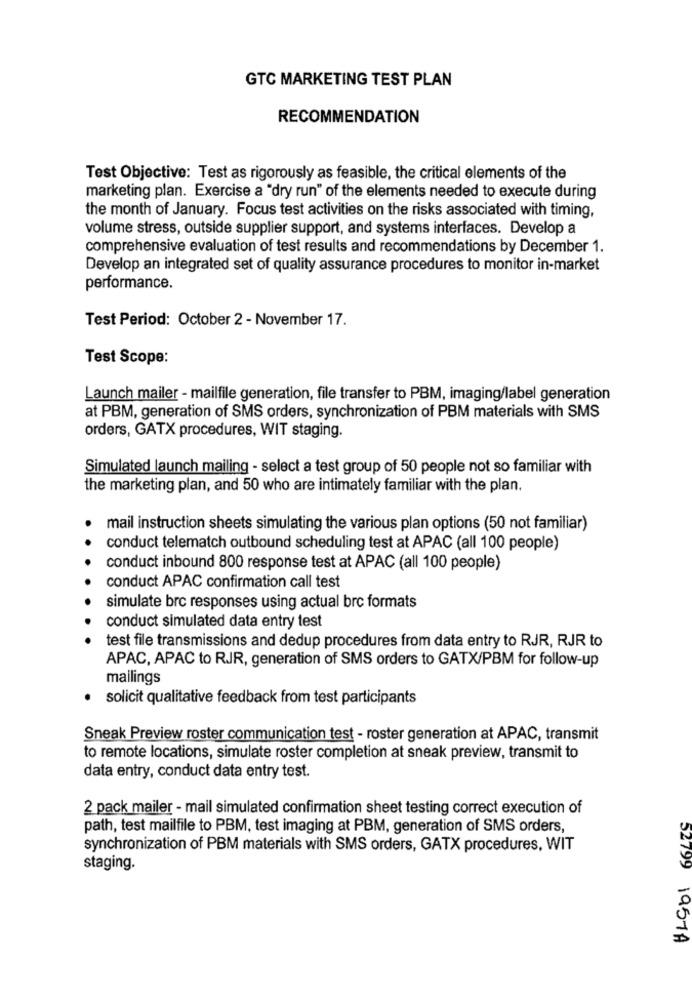
GTC MARKETING TEST PLAN
RECOMMENDATION
Test Objective: Test as rigorously as feasible, the critical elements of the
marketing plan. Exercise a "dry run" of the elements needed to execute during
the month of January. Focus test activities on the risks associated with timing,
volume stress, outside supplier support, and systems interfaces. Develop a
comprehensive evaluation of test results and recommendations by December 1.
Develop an integrated set of quality assurance procedures to monitor in-market
performance.
Test Period: October 2 - November 17.
Test Scope:
Launch mailer - mailfile generation, file transfer to PBM, imaging/label generation
at PBM, generation of SMS orders, synchronization of PBM materials with SMS
orders, GATX procedures, WIT staging.
Simulated launch mailing - select a test group of 50 people not so familiar with
the marketing plan, and 50 who are intimately familiar with the plan.
mail instruction sheets simulating the various plan options (50 not familiar)
conduct telematch outbound scheduling test at APAC (all 100 people)
conduct inbound 800 response test at APAC (all 100 people)
conduct APAC confirmation call test
simulate brc responses using actual brc formats
conduct simulated data entry test
test file transmissions and dedup procedures from data entry to RJR, RJR to
APAC, APAC to RIR, generation of SMS orders to GATX/PBM for follow-up
mailings
solicit qualitative feedback from test participants
Sneak Preview roster communication test - roster generation at APAC, transmit
to remote locations, simulate roster completion at sneak preview, transmit to
data entry, conduct data entry test.
2 pack mailer - mail simulated confirmation sheet testing correct execution of
path, test mailfile to PBM, test imaging at PBM, generation of SMS orders,
synchronization of PBM materials with SMS orders, GATX procedures, WIT
staging.
52799 1957A